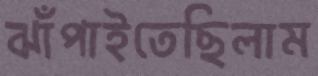
ঝাঁপাইতেছিলাম